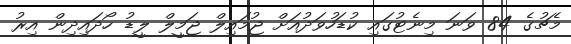
މެޗުގެ 84 ވަނަ މިނެޓުގައި ކުޑަހުވަދުއަށް ޖުމައިލް ޖަމީލް ލީޑު ހޯދައިދިން އިރު